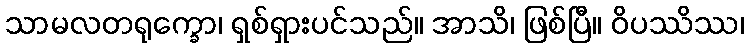
သာမလတရုက္ခော၊ ရှစ်ရှားပင်သည်။ အာသိ၊ ဖြစ်ပြီ။ ဝိပဿိဿ၊